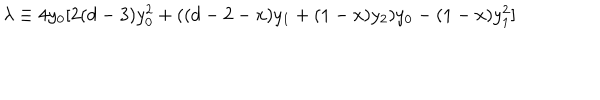
\lambda \equiv 4 y _ { 0 } [ 2 ( d - 3 ) y _ { 0 } ^ { 2 } + ( ( d - 2 - x ) y _ { 1 } + ( 1 - x ) y _ { 2 } ) y _ { 0 } - ( 1 - x ) y _ { 1 } ^ { 2 } ]